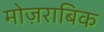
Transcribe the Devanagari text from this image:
मोज़राबिक